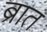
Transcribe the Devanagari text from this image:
ब्रात